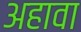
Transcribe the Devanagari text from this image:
अहावा